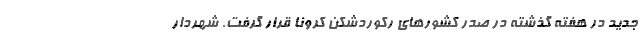
جدید در هفته گذشته در صدر کشورهای رکوردشکن کرونا قرار گرفت. شهردار